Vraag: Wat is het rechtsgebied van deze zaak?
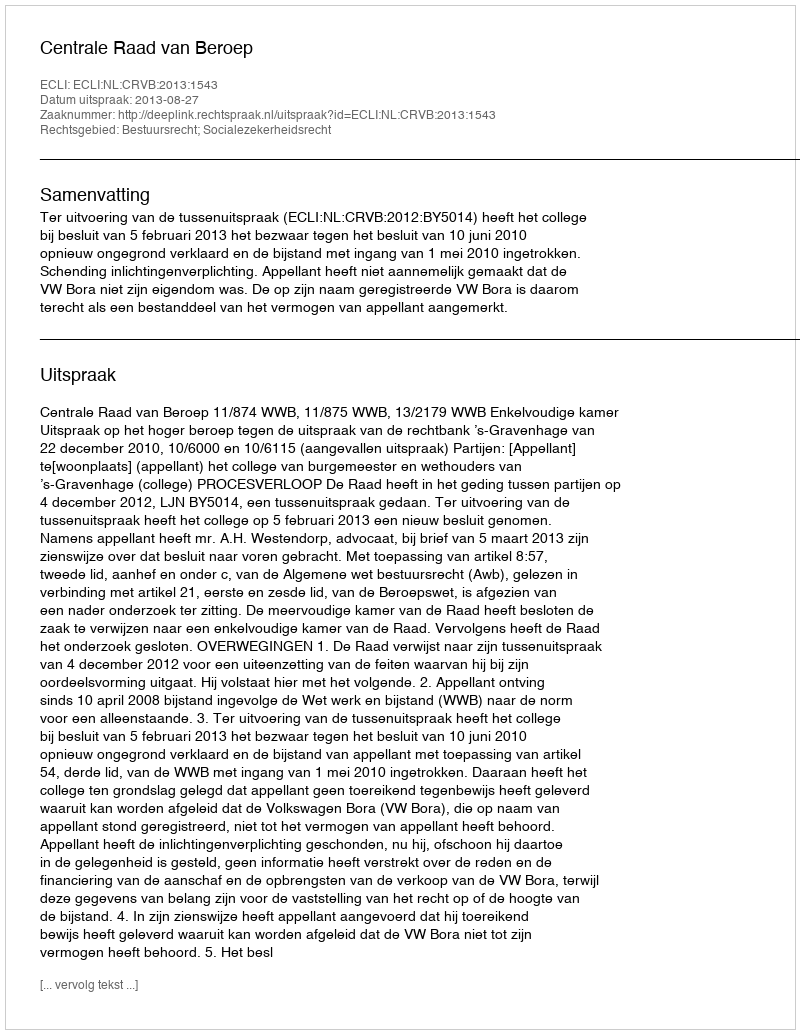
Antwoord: Bestuursrecht; Socialezekerheidsrecht